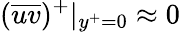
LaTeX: (\overline{{uv}})^{+}|_{y^{+}=0}\approx 0